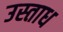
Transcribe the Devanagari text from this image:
उस्ताध